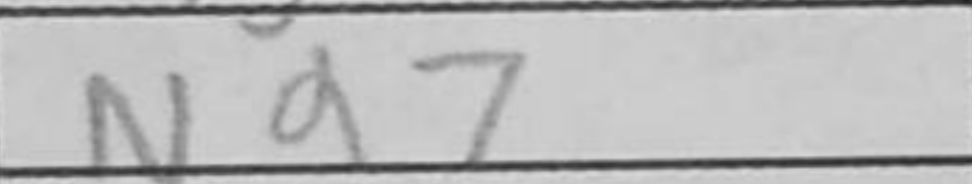
Transcription: Nd7